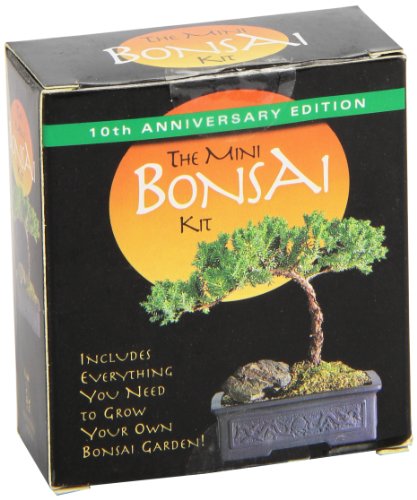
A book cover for The Mini Bonsai Kit; Crafts, Hobbies & Home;